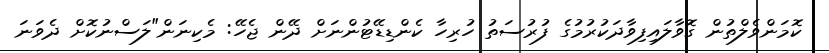
ކޮމަންވެލްތުން ގޮވާލައިފިވާދަކުރުމުގެ ފުރުސަތު ހުރިހާ ކެންޑިޑޭޓުންނަށް ދޭން ޖެހޭ: މެކިނަން"ލަސްނުކޮށް ދެވަނަ